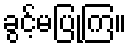
ခွင့်မပြုကြ။